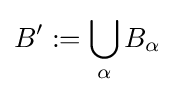
B':=\bigcup _{\alpha }B_{\alpha }